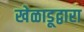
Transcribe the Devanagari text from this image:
खेळाडूद्वारा